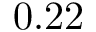
0 . 2 2